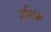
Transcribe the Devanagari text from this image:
ईस॥